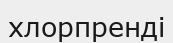
хлорпренді